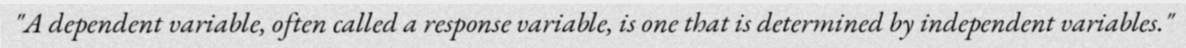
"A dependent variable, often called a response variable, is one that is determined by independent variables."